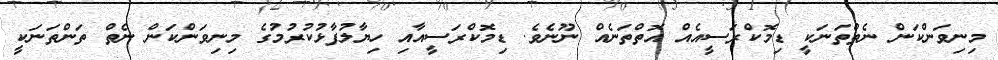
މިނިވަންކަން ނެތްތަނަކީ ޑިމޮކްރަސީއެއް އޮތްތަނެއް ނޫނެވެ. ޑިމޮކްރަސީއާއި ހިޔާލުފާޅުކުރުމުގެ މިނިވަންކަން ނެތް ތަންތަނަކީ